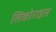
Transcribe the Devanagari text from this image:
लिकोराइस